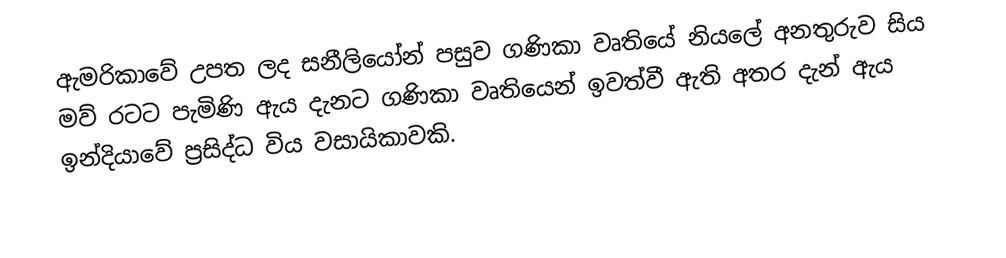
ඇමරිකාවේ උපත ලද සනීලියෝන් පසුව ගණිකා වෘතියේ නියලේ අනතුරුව සිය මව් රටට පැමිණි ඇය දැනට ගණිකා වෘතියෙන් ඉවත්වී ඇති අතර දැන් ඇය ඉන්දියාවේ ප්‍රසිද්ධ විය වසායිකාවකි.